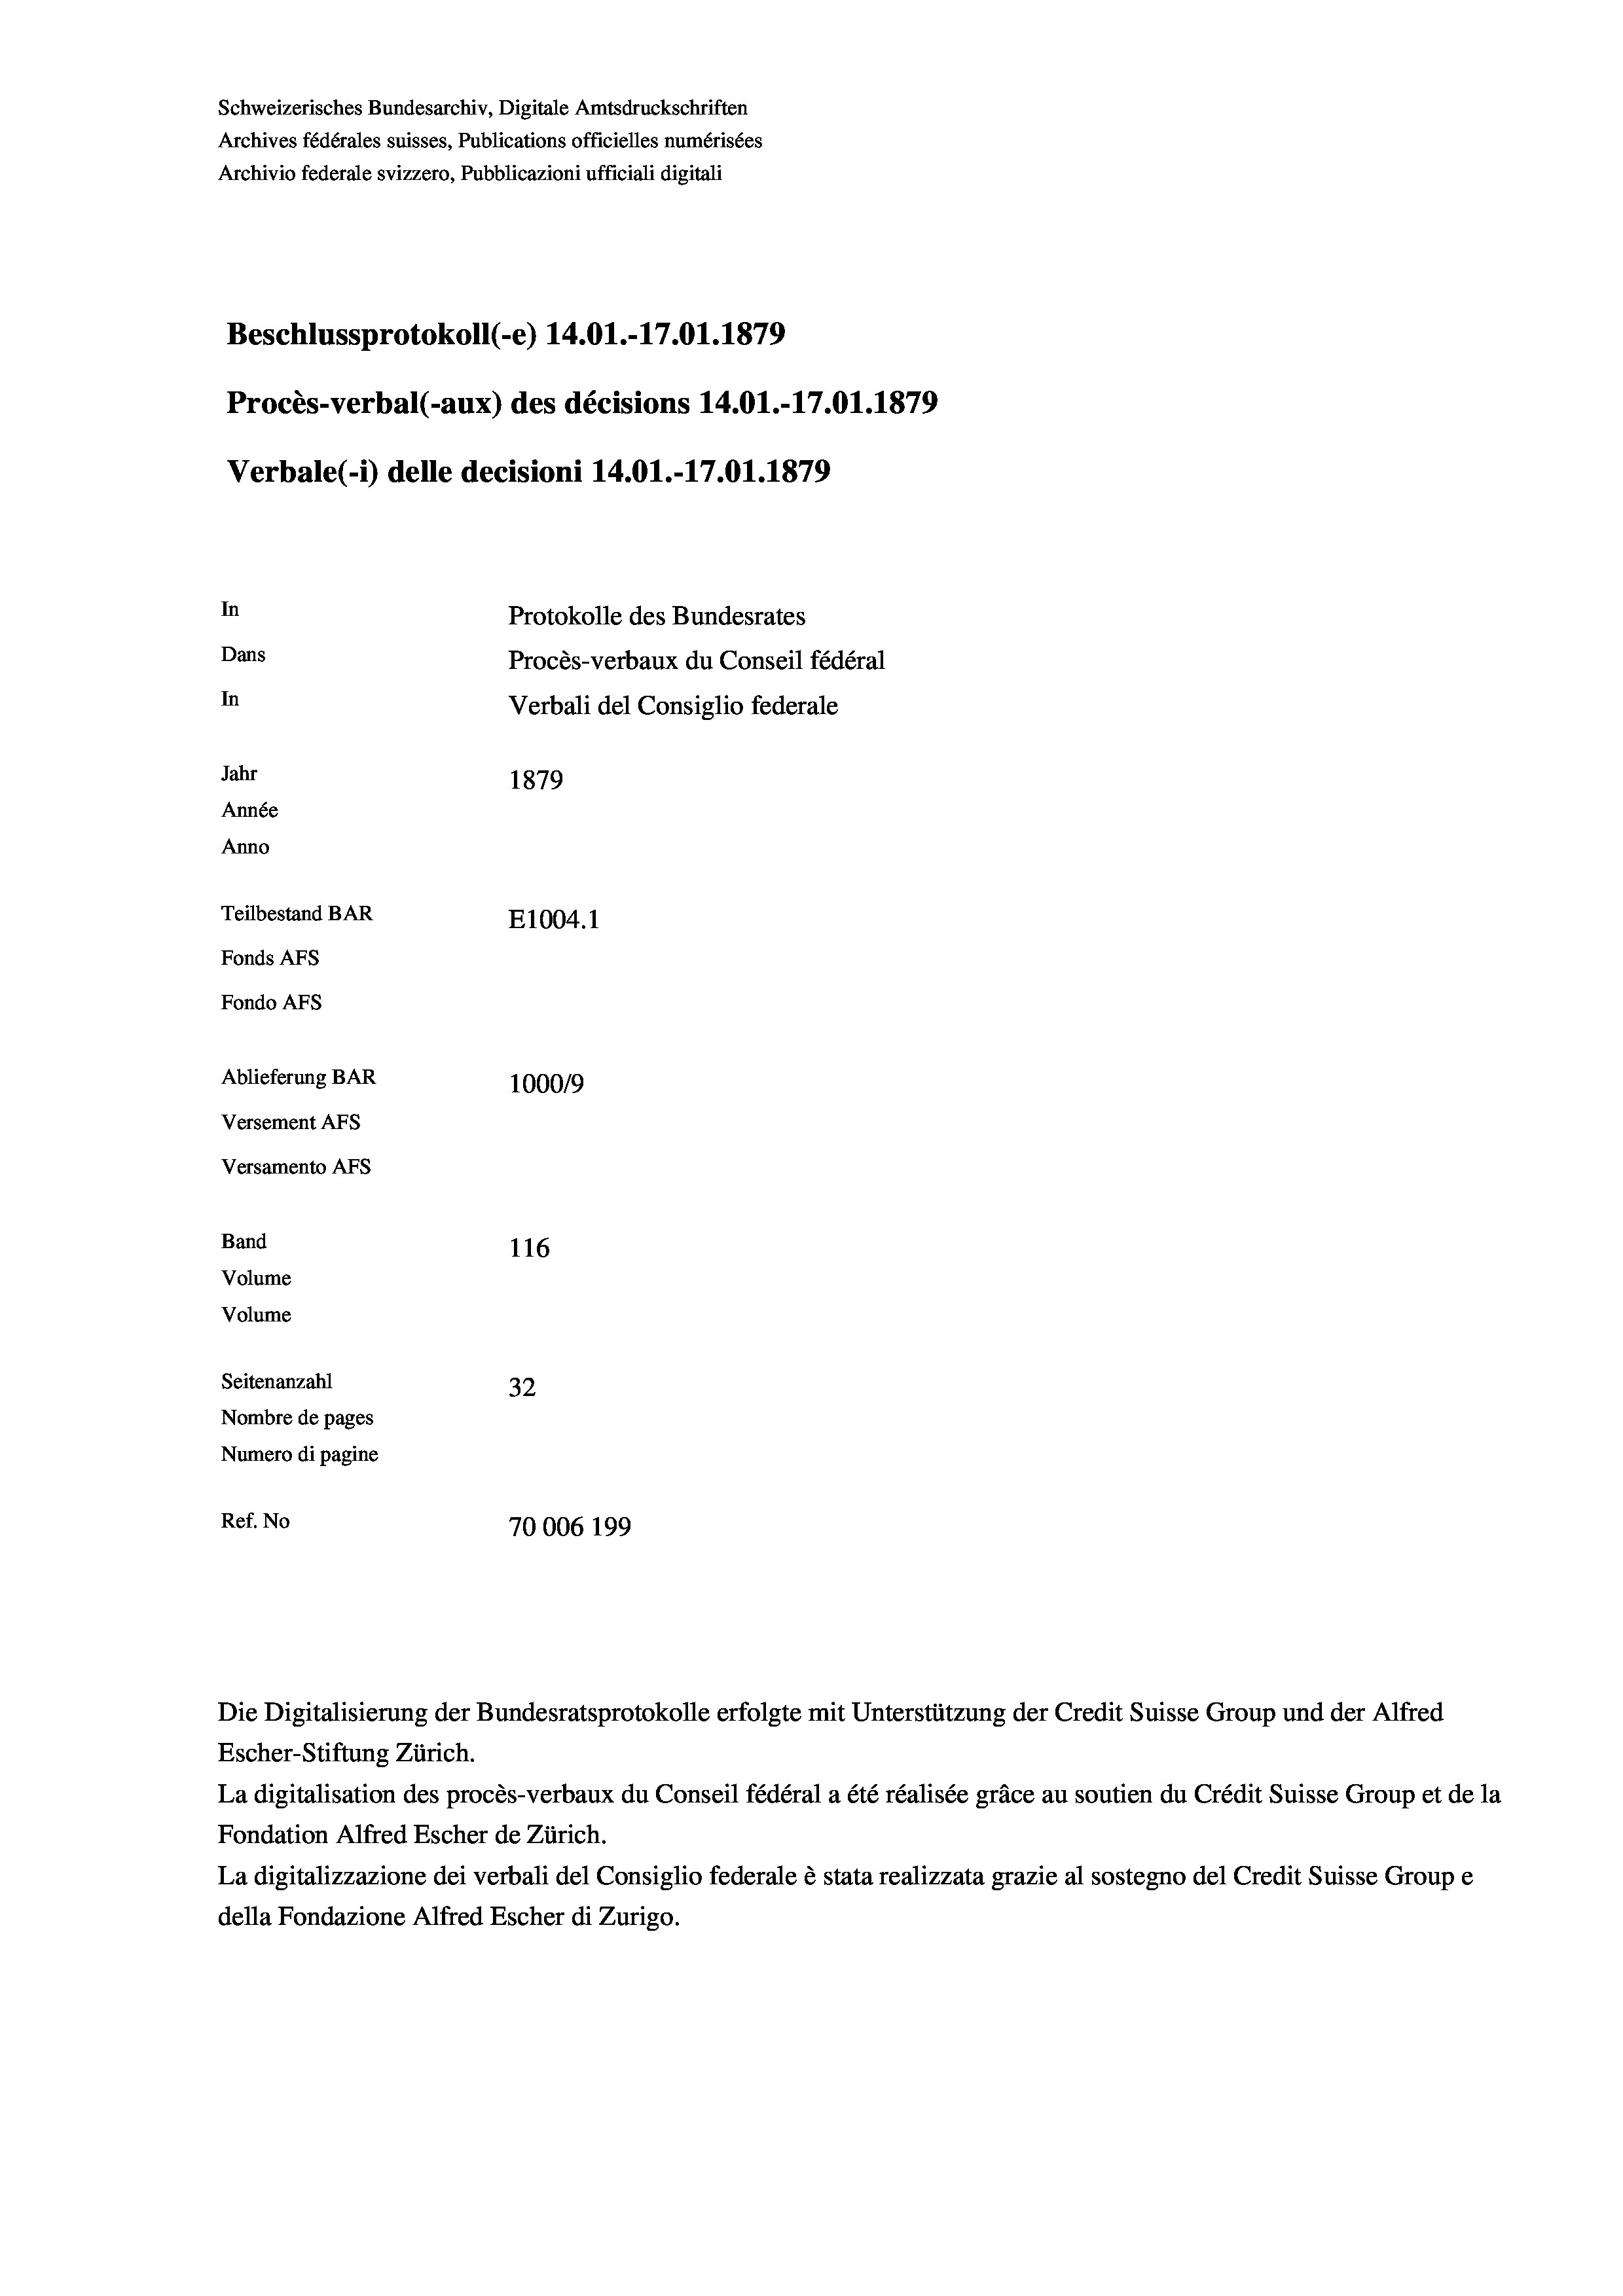
Schweizerisches Bundesarchiv, Digitale Amtsdruckschriften
Archives fédérales suisses, Publications officielles numérisées
Archivio federale svizzero, Pubblicazioni ufficiali digitali
Beschlussprotokoll (-e) 14.01.-17.01. 1879
Procès-verbal (-aux) des décisions 14.01.-17.01. 1879
Verbale (1) delle decisioni 14.01.-17.01. 1879
In
Protokolle des Bundesrates
Dans
Procès-verbaux du Conseil fédéral
In
Verbali del Consiglio federale
Jahr
1879
Année
Anno
Teilbestand BAR
E1004.1
Fonds AFs
Fondo AFS
Ablieferung BAR
100019
Versement AFs
Versamento AFS
Band
116
Volume
Volume

Seitenanzahl
32
Nombre de pages
Numero di pagine
Ref. No
70006 199

Die Digitalisierung der Bundesratsprotokolle erfolgte mit Unterstützung der Credit Suisse Group und der Alfred
Escher-Stiftung Zürich.
La digitalisation des procès-verbaux du Conseil fédéral a été réalisée gräce au soutien du Crédit Suisse Group et de la
Fondation Alfred Escher de Zürich.
La digitalizzazione dei verbali del Consiglio federale è stata realizzata grazie al sostegno del Credit Suisse Groupe
della Fondazione Alfred Escher di Zurigo.